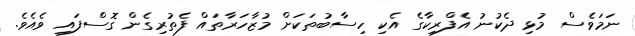
ނަމަވެސް މުޅި ދެކުނު އެފްރިކާގެ އެކި ހިސާބުތަކަށް މުޒާހަރާތައް ފެތުރިގެން ގޮސްފައި ވެއެވެ.